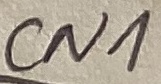
Text: CN1